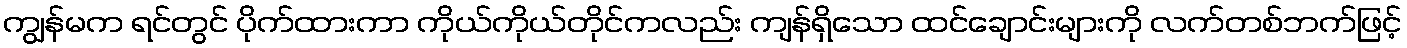
ကျွန်မက ရင်တွင် ပိုက်ထားကာ ကိုယ်ကိုယ်တိုင်ကလည်း ကျန်ရှိသော ထင်ချောင်းများကို လက်တစ်ဘက်ဖြင့်